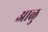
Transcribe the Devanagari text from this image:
आळु